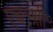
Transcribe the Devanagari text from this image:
एच॰सी॰